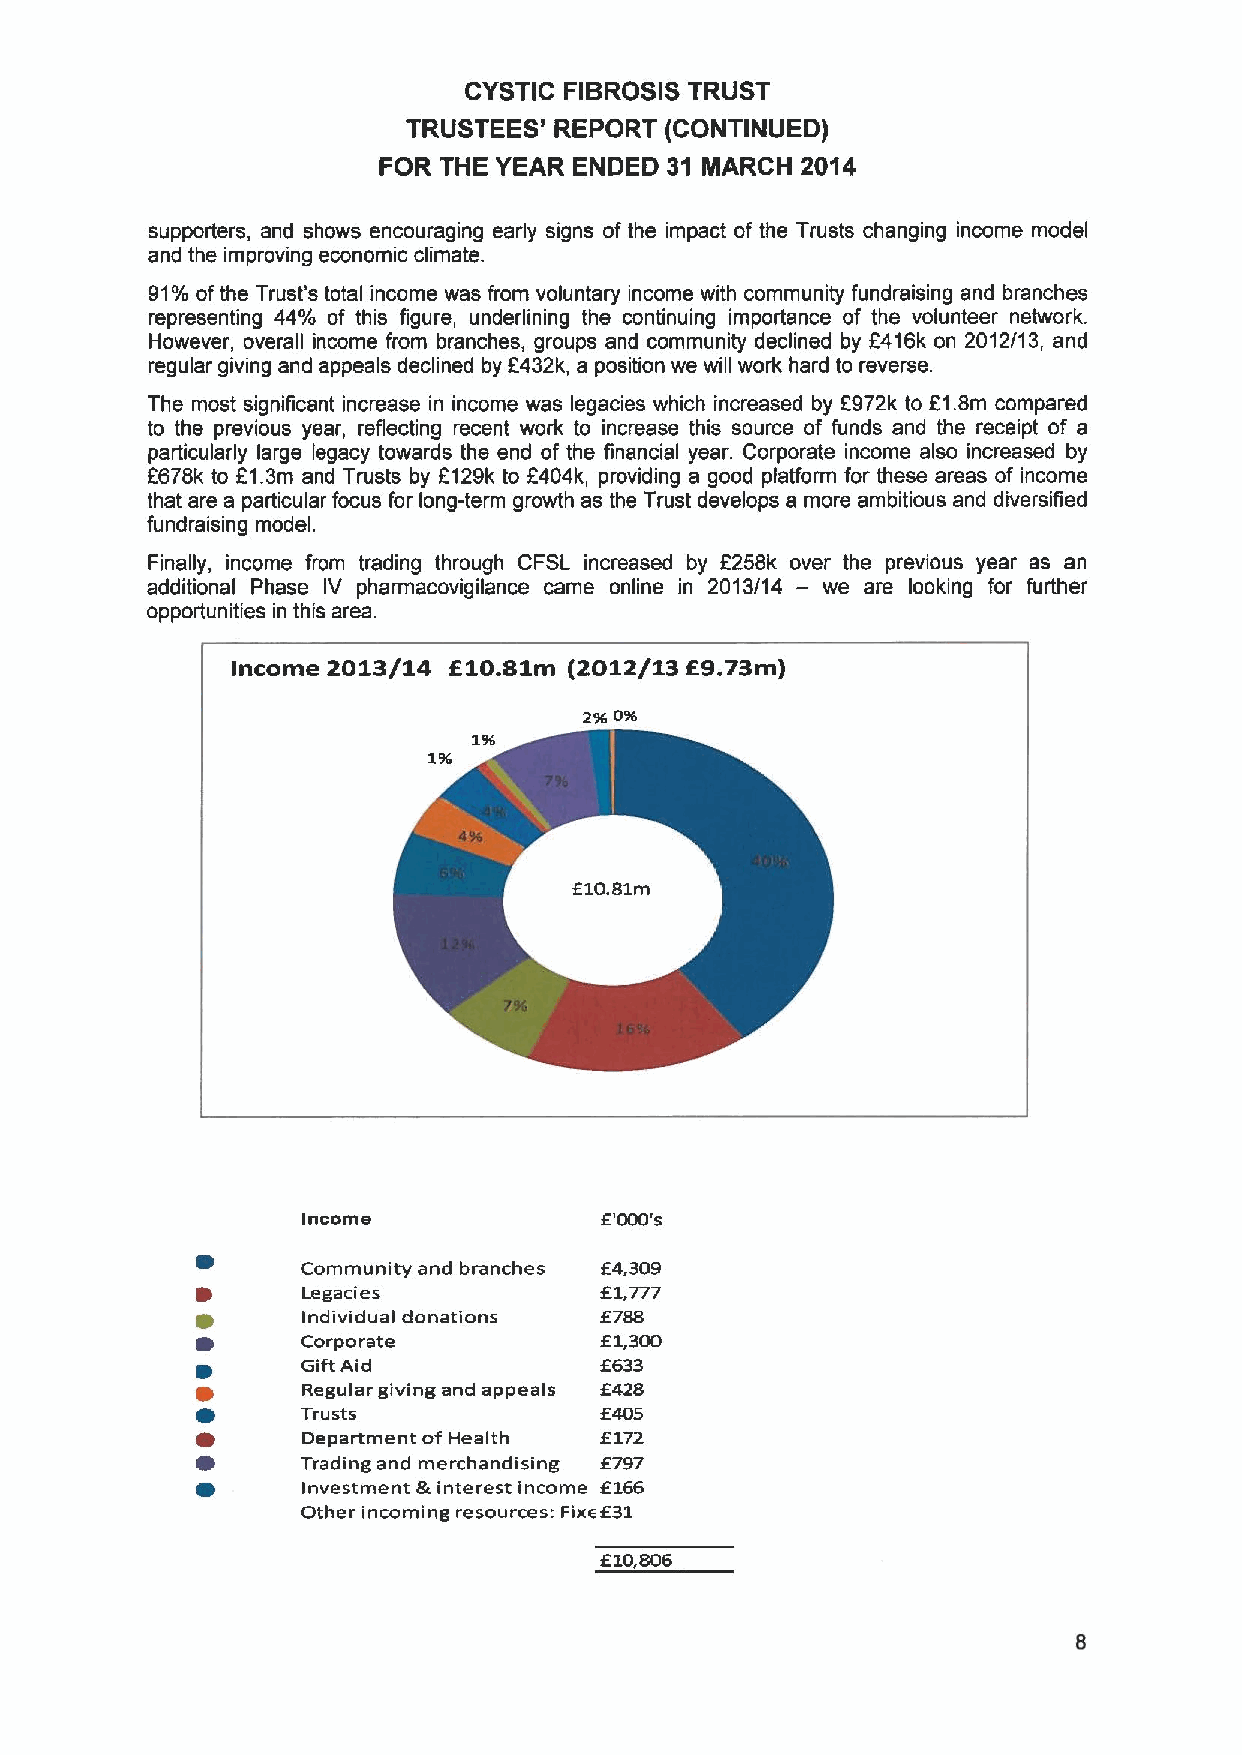
CYSTIC FIBROSIS TRUST
 TRUSTEES' REPORT (CONTINUED)
 FOR THE YEAR ENDED 31 MARCH 2014
 supporters, and shows encouraging early signs of the impact of the Trusts changing income model
 and the improving economic climate.
 91%ofthe Trust's total income was from voluntary income with community fundraising and branches
 representing 44% of this figure, underlining the continuing importance of the volunteer network.
 However, overall income from branches, groups and community declined by F416k on 2012/13, and
 regular giving and appeals declined by F432k, a position we will work hard to reverse.
 The most significant increase in income was legacies which increased by F972k to F1.8m compared
 to the previous year, reflecting recent work to increase this source of funds and the receipt of a
 particularly large legacy towards the end of the financial year. Corporate income also increased by
 F678k to F1.3m and Trusts by F129k to 2404k, providing a good plafform for these areas of income
 that are a particular focus for long-term growth as the Trust develops a more ambitious and diversified
 fundraising model.
 Finally, income from trading through CFSL increased by f258k over the previous year as an
 additional Phase IV pharmacovigilance came online in 2013/14 — we are looking for further
 opportunities in this area.
 Income 2013/14
 f10.81m
 (2012/13 E9.73m)
 2SS0%
 196
 1SS
 f
 10.81m
 Income              f'000's
 Community and branches f4,309
 f
 Legacies             1,777
 f
 Individual donations 788
 f
 Corporate            1,300
 f
 Gift Aid             633
 f
 Regular giving and appeals 428
 f
 Trusts               405
 f
 Department of Health 172
 Trading and merchandising f.797
 f
 Investment &interest income 166
 Other incoming resources: Fixef31
 f
 10,806